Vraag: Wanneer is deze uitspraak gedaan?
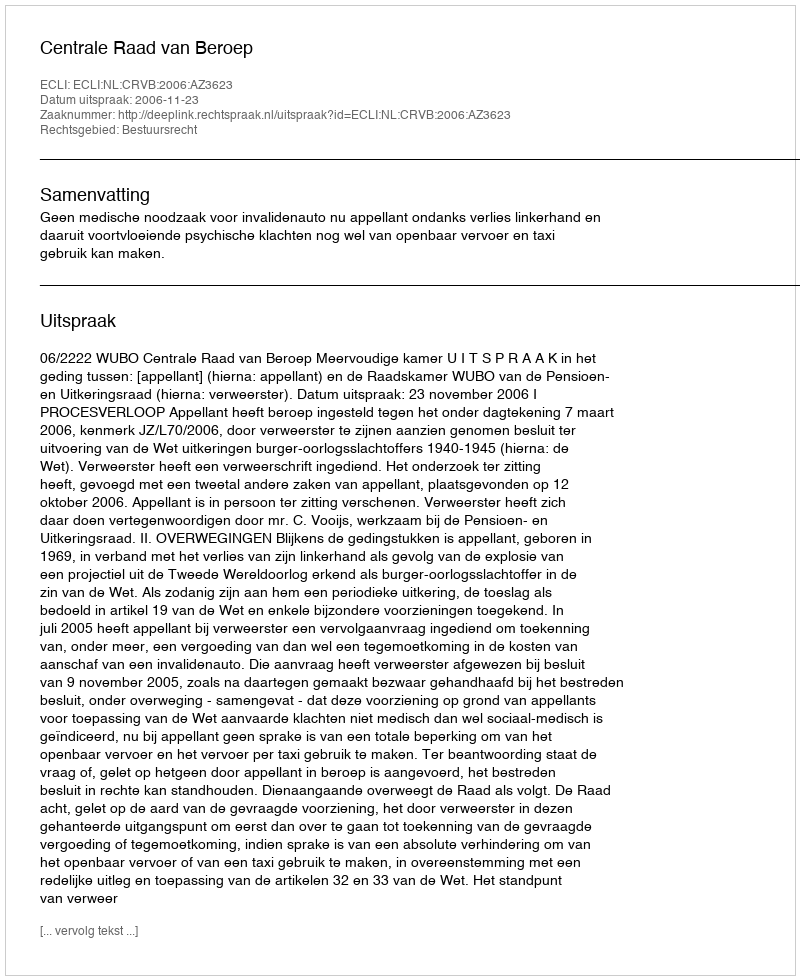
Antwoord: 2006-11-23